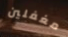
مغفلين